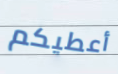
أعطيكم